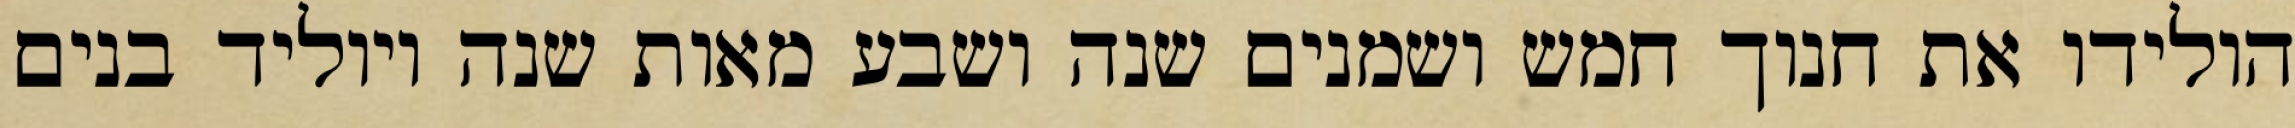
הולידו את חנוך חמש ושמנים שנה ושבע מאות שנה ויוליד בנים